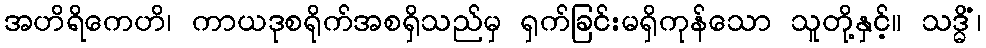
အဟိရိကေဟိ၊ ကာယဒုစရိုက်အစရှိသည်မှ ရှက်ခြင်းမရှိကုန်သော သူတို့နှင့်။ သဒ္ဓိံ၊